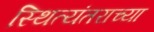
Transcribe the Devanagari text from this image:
स्थित्यंतराच्या